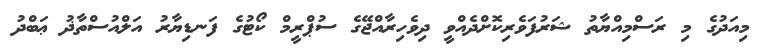
މިއަދުގެ މި ރަސްމިއްޔާތު ޝަރުފަވެރިކޮށްދެއްވީ ދިވެހިރާއްޖޭގެ ސުޕްރީމް ކޯޓުގެ ފަނޑިޔާރު އަލްއުސްތާޛު ޢަބްދު